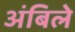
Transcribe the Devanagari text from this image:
अंबिले